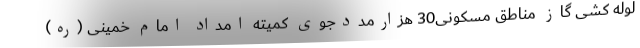
لوله کشی گاز مناطق مسکونی30 هزارمددجوی کمیته امداد امام خمینی (ره)